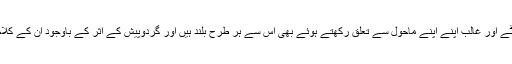
دانتے، شکسپیئر، گوئٹے اور غالب اپنے اپنے ماحول سے تعلق رکھتے ہوئے بھی اس سے ہر طرح بلند ہیں اور گردوپیش کے اثر کے باوجود اُن کے کلام میں عالمگیریت ہے۔